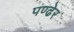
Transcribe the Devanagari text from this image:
पण्ढेर